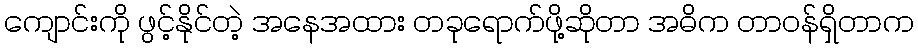
ကျောင်းကို ဖွင့်နိုင်တဲ့ အနေအထား တခုရောက်ဖို့ဆိုတာ အဓိက တာဝန်ရှိတာက